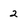
Character: 2